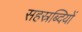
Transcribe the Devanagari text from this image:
सहस्रब्दियों